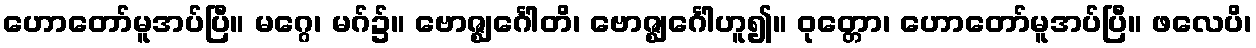
ဟောတော်မူအပ်ပြီ။ မဂ္ဂေ၊ မဂ်၌။ ဗောဇ္ဈင်္ဂေါတိ၊ ဗောဇ္ဈင်္ဂေါဟူ၍။ ဝုတ္တော၊ ဟောတော်မူအပ်ပြီ။ ဖလေပိ၊